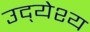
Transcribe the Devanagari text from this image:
उद्‍येश्य